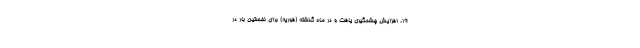
۱۹، افزایش چشمگیری یافت و در ماه گذشته (فوریه) برای نخستین بار در